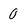
Character: 0